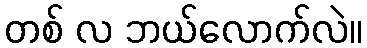
တစ် လ ဘယ်လောက်လဲ။